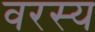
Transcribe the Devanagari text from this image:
वरस्य